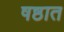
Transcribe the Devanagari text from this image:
षष्ठात